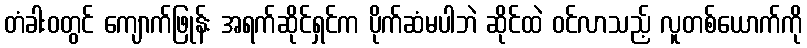
တံခါးဝတွင် ကျောက်ဖြုန်း အရက်ဆိုင်ရှင်က ပိုက်ဆံမပါဘဲ ဆိုင်ထဲ ဝင်လာသည့် လူတစ်ယောက်ကို